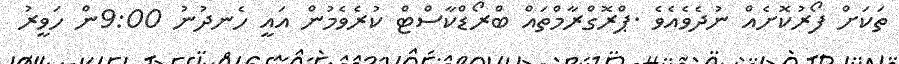
ތަކަށް ފޯރުކޮށެއް ނުދެވެއެވެ .ޕްރޮގްރާމްތައް ބްރޯޑްކާސްޓް ކުރެވެމުން އައީ ހެނދުނު 9:00ން ހަވީރު